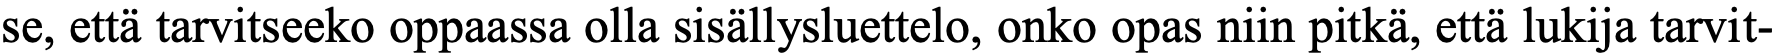
se, että tarvitseeko oppaassa olla sisällysluettelo, onko opas niin pitkä, että lukija tarvit-